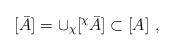
LaTeX: \begin{align*}[\bar{A}] =\cup_\chi [ ^\chi \bar{A}] \subset [A]\ ,\end{align*}